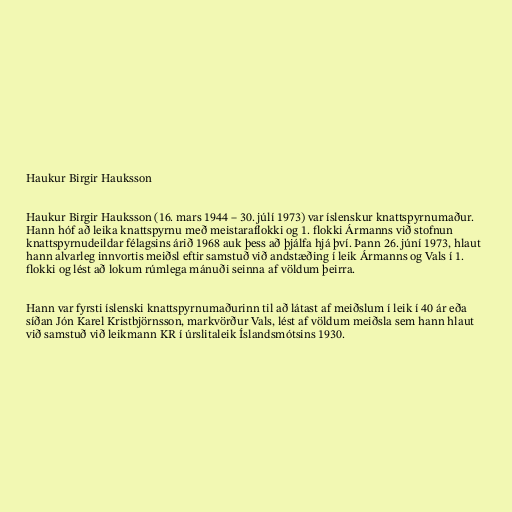
Haukur Birgir Hauksson

Haukur Birgir Hauksson (16. mars 1944 – 30. júlí 1973) var íslenskur knattspyrnumaður.
Hann hóf að leika knattspyrnu með meistaraflokki og 1. flokki Ármanns við stofnun
knattspyrnudeildar félagsins árið 1968 auk þess að þjálfa hjá því. Þann 26. júní 1973, hlaut
hann alvarleg innvortis meiðsl eftir samstuð við andstæðing í leik Ármanns og Vals í 1.
flokki og lést að lokum rúmlega mánuði seinna af völdum þeirra.

Hann var fyrsti íslenski knattspyrnumaðurinn til að látast af meiðslum í leik í 40 ár eða
síðan Jón Karel Kristbjörnsson, markvörður Vals, lést af völdum meiðsla sem hann hlaut
við samstuð við leikmann KR í úrslitaleik Íslandsmótsins 1930.